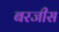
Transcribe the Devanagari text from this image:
बरजीस